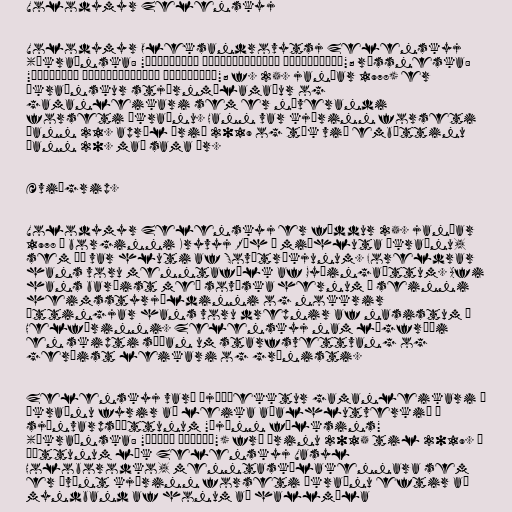
Volodymyr Zelenskyj

Volodymyr Oleksandrovytsj Zelenskyj
(úkraínska: "Володимир Олександрович Зеленський"; rússneska:
"Владимир Александрович Зеленский"; f. 25. janúar 1978) er
úkraínskur stjórnmálamaður og
gamanleikari sem er núverandi
forseti Úkraínu. Hann var kjörinn forseti
þann 21. apríl árið 2019 og tók við embættinu
þann 20. maí sama ár.

Æviágrip.

Volodymyr Zelenskyj er fæddur 25. janúar
1978 í borginni Kryvyj Ríh í miðhluta Úkraínu,
sem þá var hluti af Sovétríkjunum. Foreldrar
hans voru menntafólk af Gyðingaættum. Afi
hans barðist með sovéska hernum í seinni
heimsstyrjöldinni og nokkrir
ættingjar hans voru drepnir af nasistum í
Helförinni. Zelenskyj nam lögfræði
en skipti síðan um starfsvettvang og
gerðist leikari og grínisti.

Zelenskyj varð þjóðþekktur gamanleikari í
Úkraínu fyrir að leika aðalhlutverkið í
sjónvarpsþáttunum "Þjónn fólksins"
(úkraínska: "Слуга народу") frá árinu 2015 til 2019. Í
þáttunum lék Zelenskyj Vasyl
Holoborodko, menntaskólakennara sem
er óvænt kjörinn forseti Úkraínu eftir að
myndband af honum að hallmæla